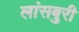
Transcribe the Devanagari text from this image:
लांसबुरी